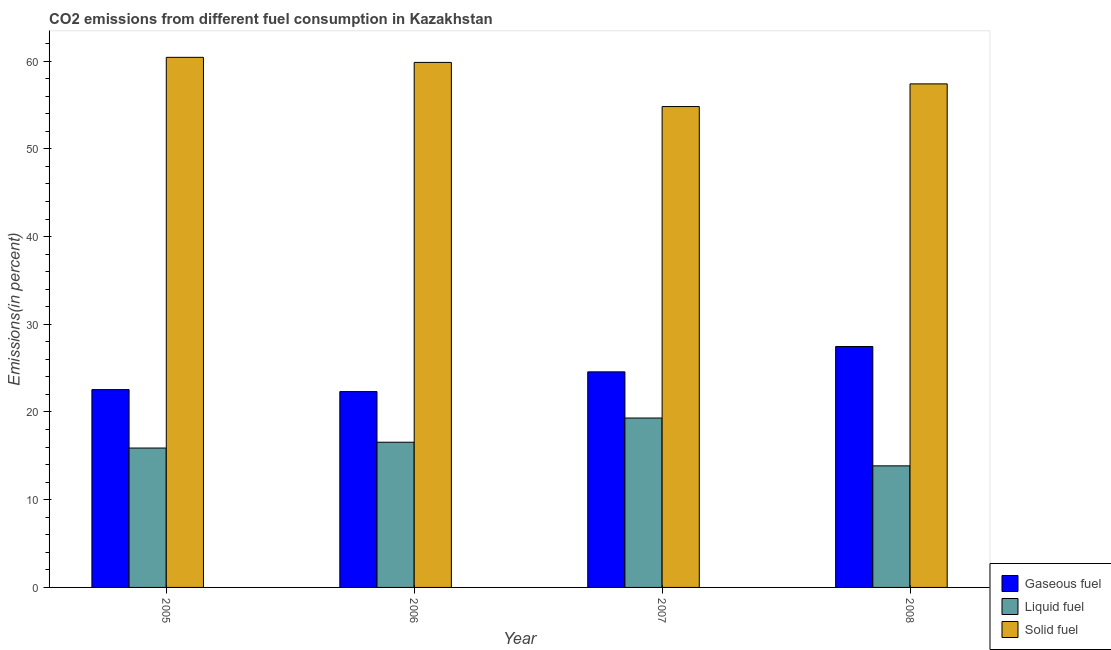
| Year | Gaseous fuel | Liquid fuel | Solid fuel |
 | --- | --- | --- | --- |
 | 2005 | 22.6 | 15.9 | 60.4 |
 | 2006 | 22.3 | 16.6 | 59.9 |
 | 2007 | 24.6 | 19.3 | 54.8 |
 | 2008 | 27.5 | 13.9 | 57.4 |